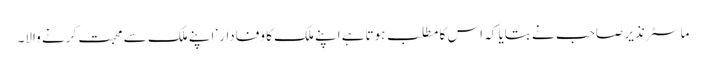
ماسٹر نذیر صاحب نے بتایا کہ اس کا مطلب ہوتاہے اپنے ملک کا وفادار‘ اپنے ملک سے محبت کرنے والا۔